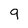
Character: 9